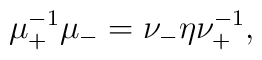
\mu^{-1}_+ \mu_- = \nu_- \eta \nu_+^{-1},